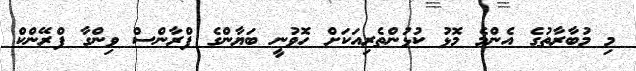
މި މުބާރާތުގެ އެންމެ މޮޅު ކުޅުންތެރިއަކަށް ހޮވުނީ ބަޔާންގެ ފްރާންސް ވިންގާ ފްރޭންކް